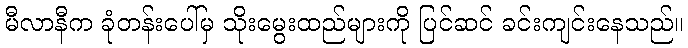
မီလာနီက ခုံတန်းပေါ်မှ သိုးမွေးထည်များကို ပြင်ဆင် ခင်းကျင်းနေသည်။